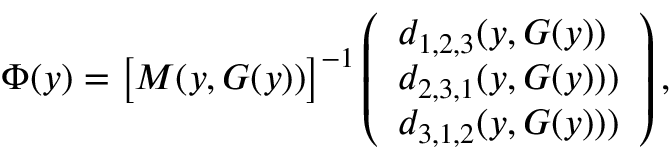
\Phi ( \boldsymbol { y } ) = \big [ M ( \boldsymbol { y } , G ( \boldsymbol { y } ) ) \big ] ^ { - 1 } \left( \begin{array} { l } { d _ { 1 , 2 , 3 } ( \boldsymbol { y } , G ( \boldsymbol { y } ) ) } \\ { d _ { 2 , 3 , 1 } ( \boldsymbol { y } , G ( \boldsymbol { y } ) ) ) } \\ { d _ { 3 , 1 , 2 } ( \boldsymbol { y } , G ( \boldsymbol { y } ) ) ) } \end{array} \right) ,